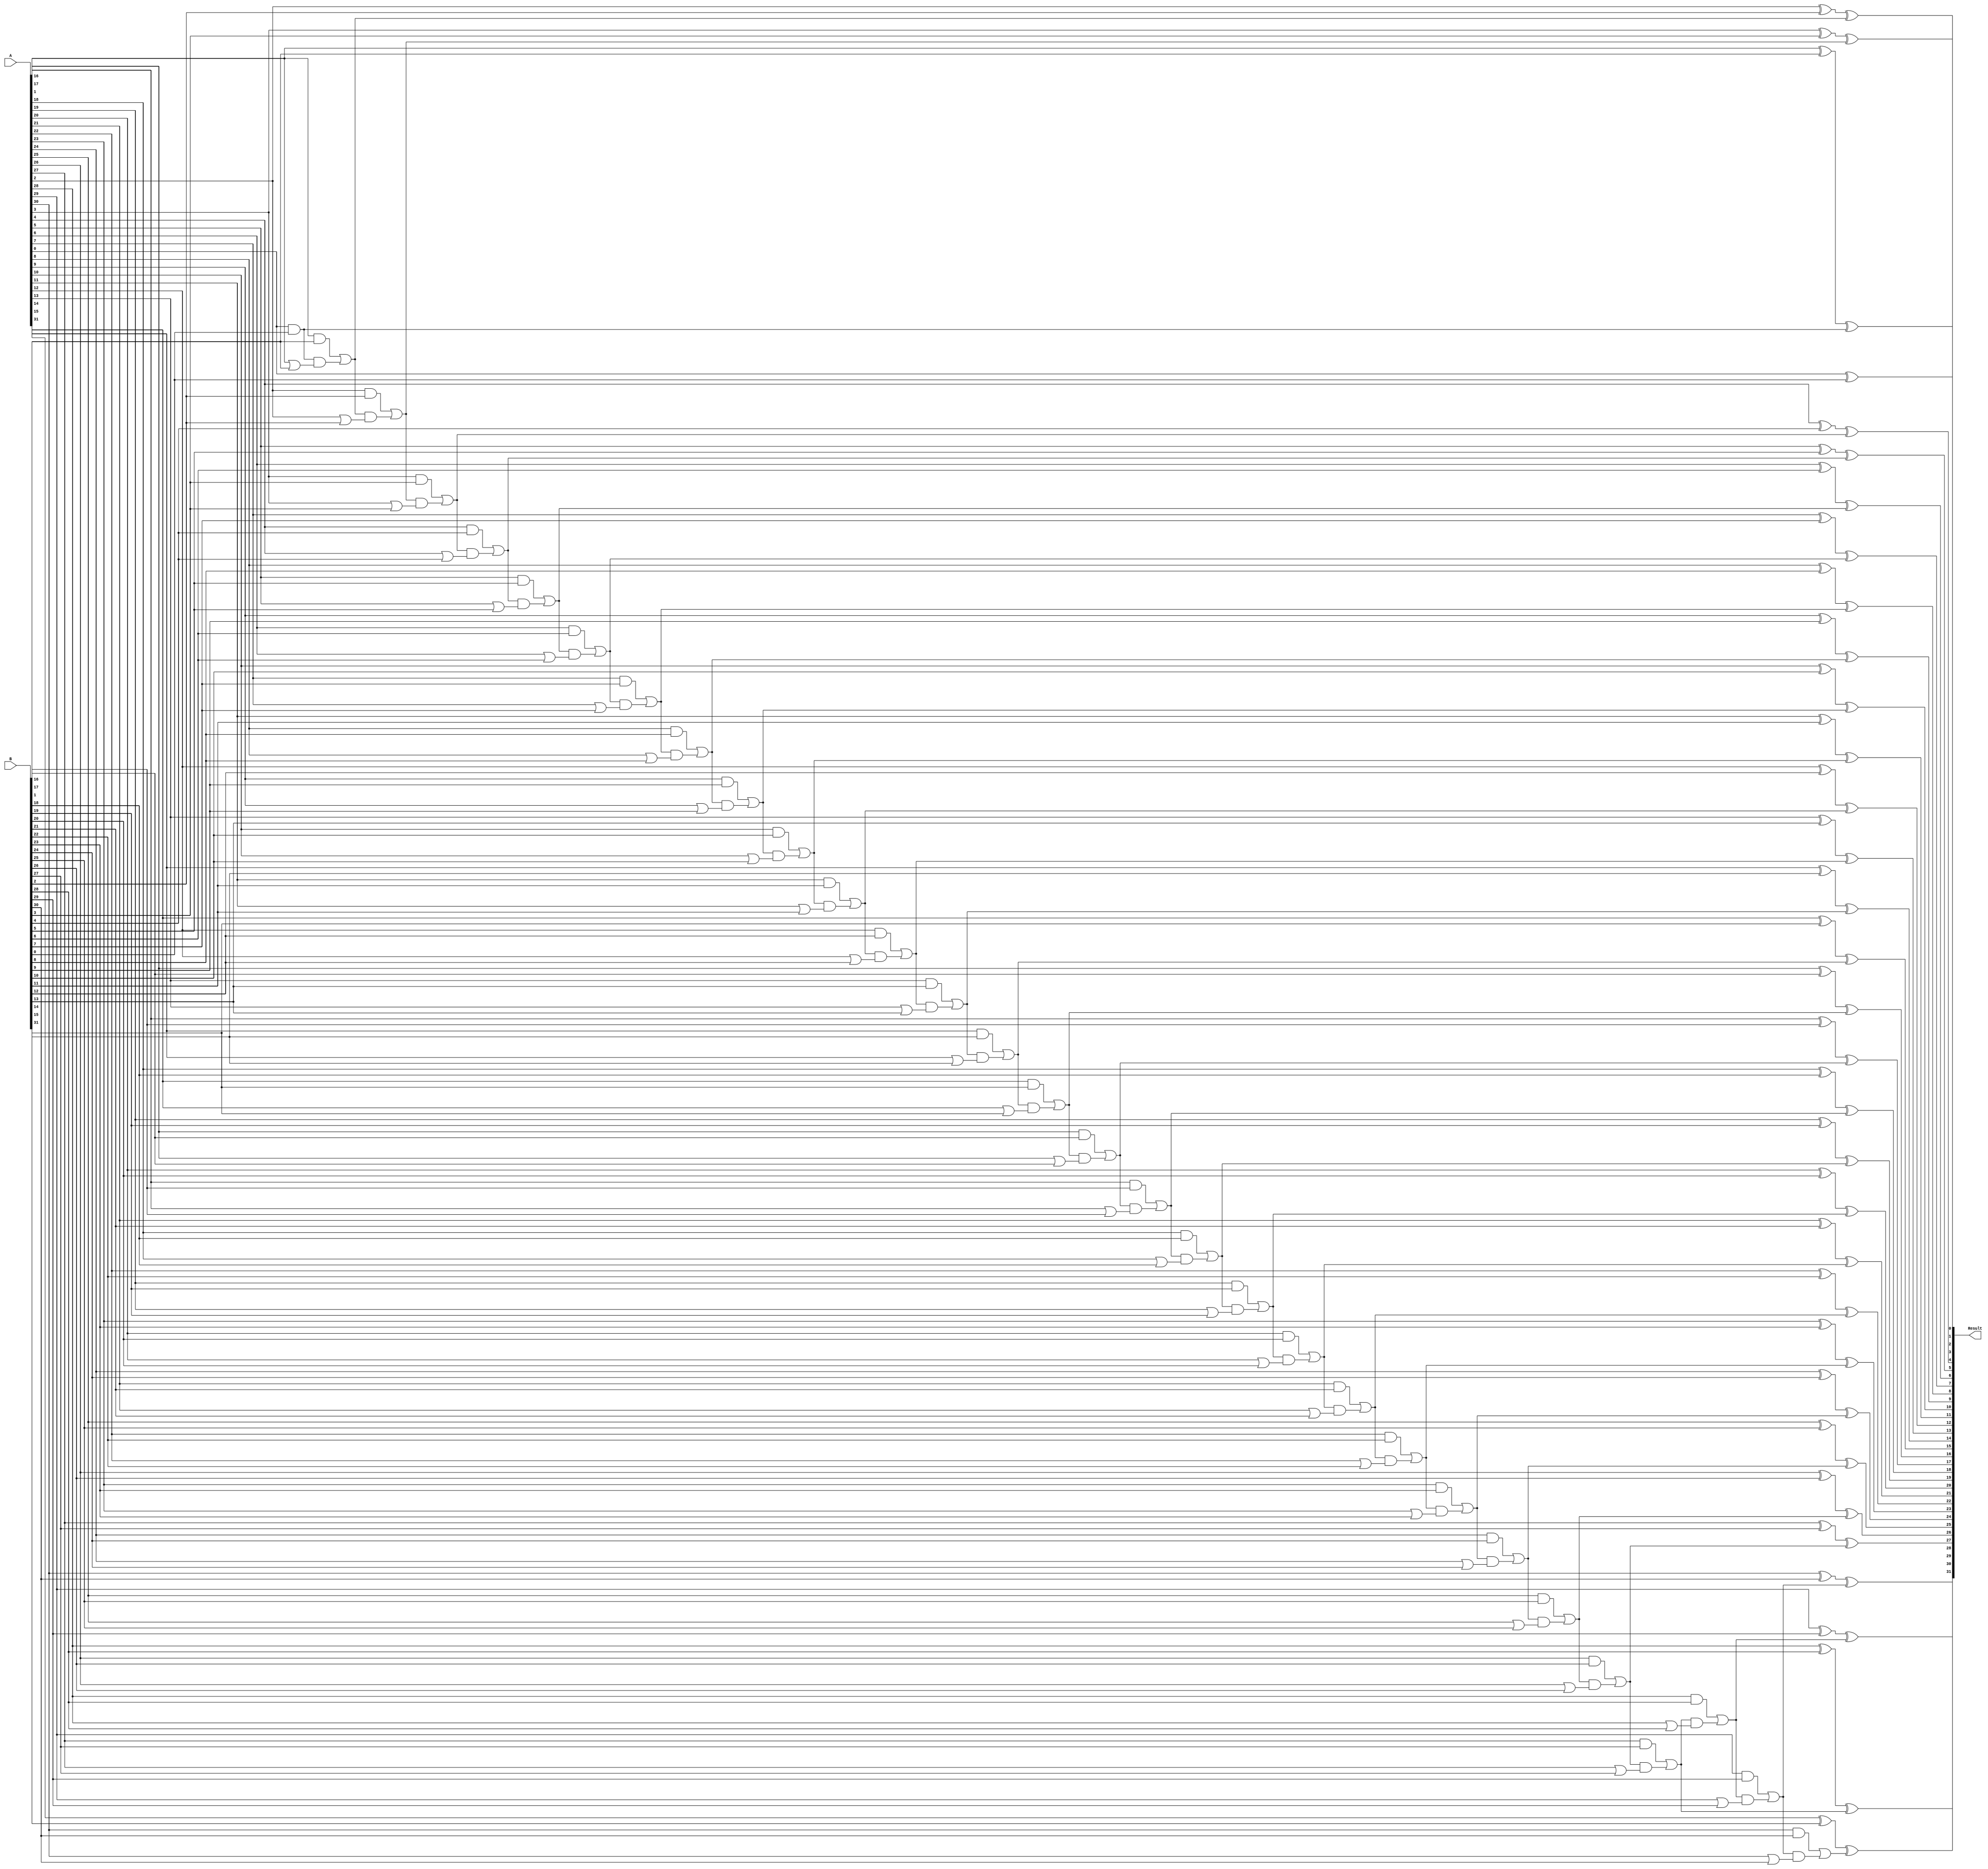
module adder (
    input [31:0] A,
    input [31:0] B,
    output reg [31:0] Result
);

    reg [32:0] LocalCarry; // Extra bit for carry, notice the size [32:0]
	 
    integer i;

    always @(*) // Use * for combinational logic
    begin
        LocalCarry[0] = 1'b0;
        for (i = 0; i < 32; i = i + 1) 
        begin
            Result[i] = A[i] ^ B[i] ^ LocalCarry[i];
            LocalCarry[i+1] = (A[i] & B[i]) | (LocalCarry[i] & (A[i] | B[i]));
        end
    end

endmodule